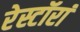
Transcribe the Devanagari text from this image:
रेस्टॉरां